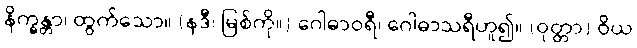
နိက္ခန္တာ၊ ထွက်သော။ (နဒီ၊ မြစ်ကို။) ဂေါဓာဝရီ၊ ဂေါဓာသရီဟူ၍။ (ဝုတ္တာ) ဝိယ